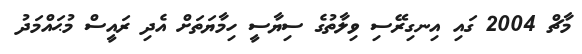
މާޗް 2004 ގައި އިނގިރޭސި ވިލާތުގެ ސިޔާސީ ހިމާޔަތަށް އެދި ރައީސް މުޙައްމަދު